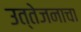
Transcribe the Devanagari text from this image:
उत्तेजनाचा